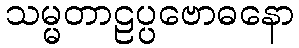
သမ္မတာဠပ္ပဗောဓနော